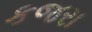
કજરા